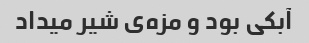
آبکی بود و مزه‌ی شیر میداد